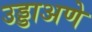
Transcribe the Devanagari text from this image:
उड्डाअणे